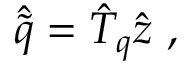
\boldsymbol { \hat { \tilde { q } } } = \boldsymbol { \hat { T } _ { q } } \boldsymbol { \hat { z } } \mathrm { ~ , ~ }